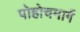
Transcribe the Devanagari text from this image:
पोहोचमार्ग